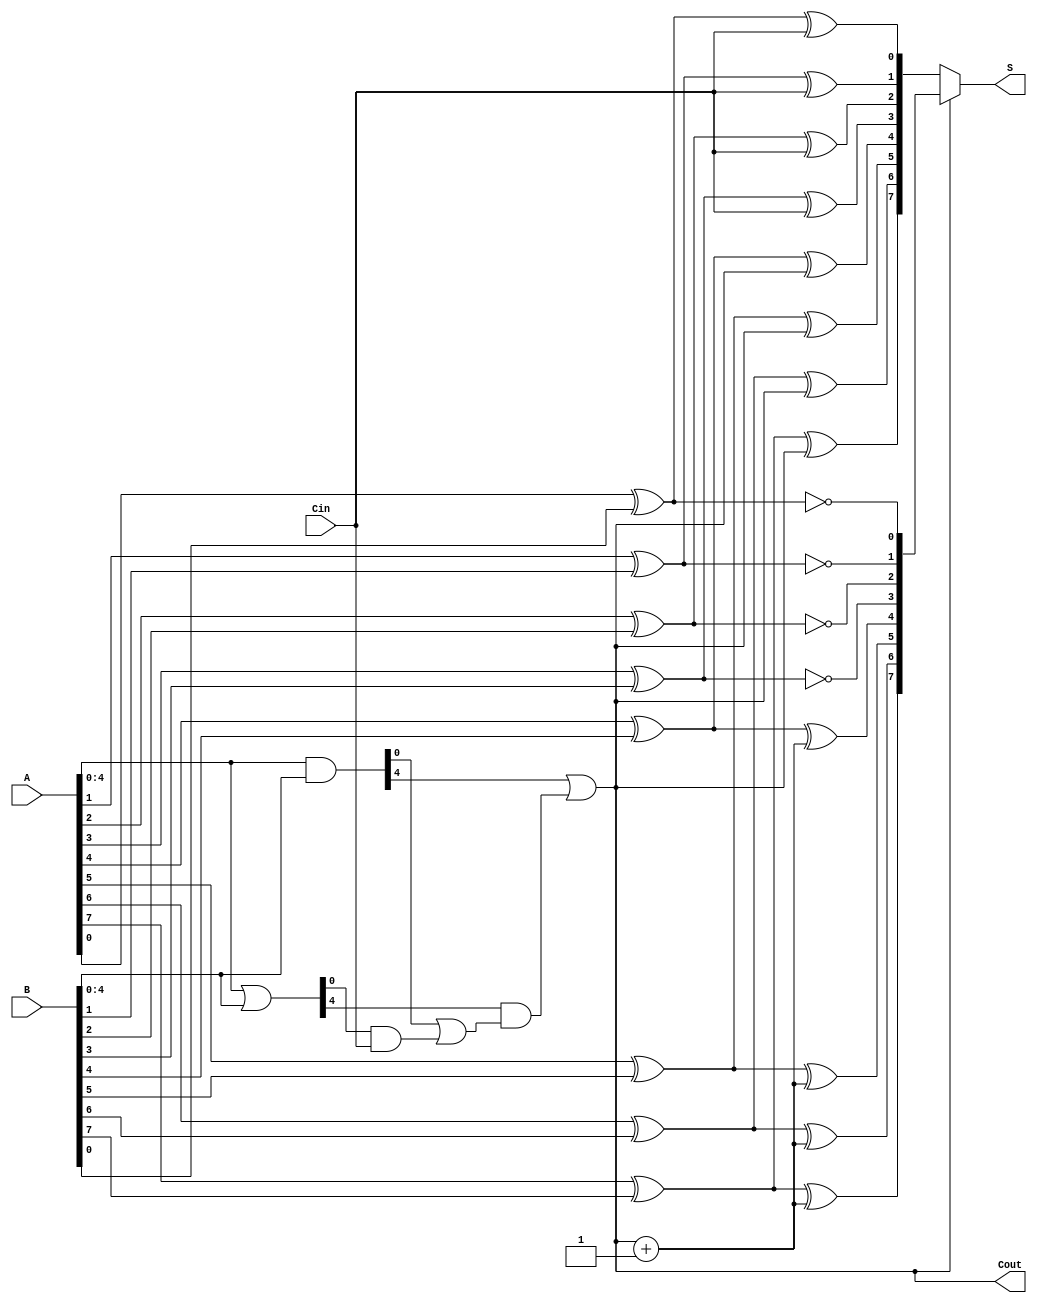
module CarrySelectAdder #(
    parameter N = 8 // Number of bits (can be adjusted for larger sizes)
)(
    input [N-1:0] A,
    input [N-1:0] B,
    input Cin,
    output [N-1:0] S,
    output Cout
);

    // Internal signals
    wire [N-1:0] G; // Generate signals
    wire [N-1:0] P; // Propagate signals
    wire [N/4:0] C; // Carry signals for each segment
    wire [N-1:0] S0; // Sum assuming carry-in is 0
    wire [N-1:0] S1; // Sum assuming carry-in is 1

    // Generate and propagate signals
    assign G = A & B; // Generate
    assign P = A | B; // Propagate

    // Carry generation for each segment (4 bits per segment)
    genvar i;
    generate
        for (i = 0; i < N/4; i = i + 1) begin : carry_gen
            if (i == 0) begin
                assign C[i] = G[4*i] | (P[4*i] & Cin); // First segment with Cin
            end else begin
                assign C[i] = G[4*i] | (P[4*i] & C[i-1]); // Subsequent segments
            end
        end
    endgenerate

    // Sum calculation assuming carry-in is 0
    generate
        for (i = 0; i < N; i = i + 1) begin : sum_calc0
            assign S0[i] = A[i] ^ B[i] ^ (i < 4 ? Cin : C[i/4]); // Use Cin for first 4 bits
        end
    endgenerate

    // Sum calculation assuming carry-in is 1
    generate
        for (i = 0; i < N; i = i + 1) begin : sum_calc1
            assign S1[i] = A[i] ^ B[i] ^ (i < 4 ? 1'b1 : C[i/4] + 1'b1); // Use C[i/4] + 1 for carry-in 1
        end
    endgenerate

    // Final sum selection based on carry-out
    assign Cout = C[N/4-1]; // Carry-out from the last segment
    assign S = (Cout) ? S1 : S0; // Select sum based on carry-out

endmodule